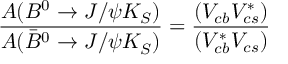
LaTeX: \frac { A ( B ^ { 0 } \rightarrow J / \psi K _ { S } ) } { A ( \bar { B } ^ { 0 } \rightarrow J / \psi K _ { S } ) } = \frac { ( V _ { c b } V _ { c s } ^ { \ast } ) } { ( V _ { c b } ^ { \ast } V _ { c s } ) }